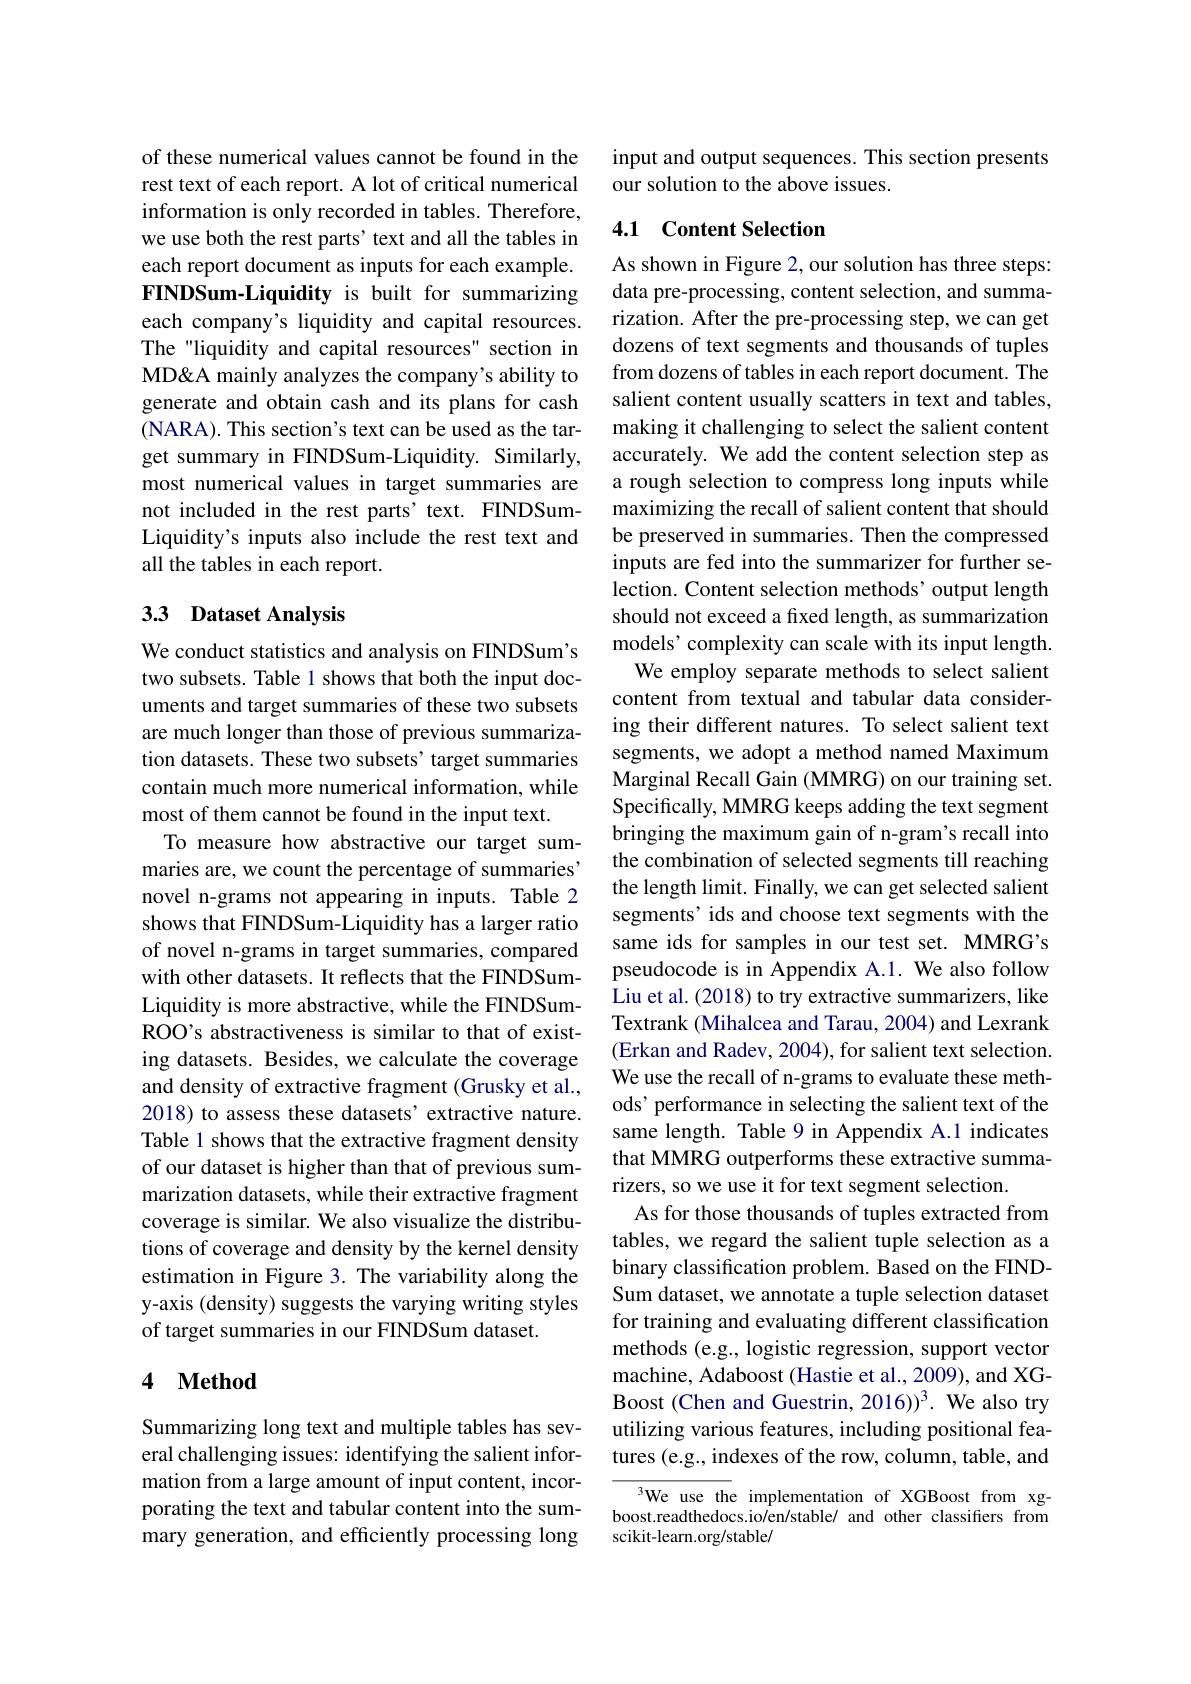
of these numerical values cannot be found in the rest text of each report. A lot of critical numerical information is only recorded in tables. Therefore, we use both the rest parts' text and all the tables in each report document as inputs for each example. FINDSum-Liquidity is built for summarizing each company's liquidity and capital resources. The "liquidity and capital resources" section in MD& A mainly analyzes the company's ability to generate and obtain cash and its plans for cash (NARA). This section's text can be used as the target summary in FINDSum-Liquidity. Similarly, most numerical values in target summaries are not included in the rest parts' text. FINDSumLiquidity's inputs also include the rest text and all the tables in each report.

## 33 Dataset Analysis

We conduct statistics and analysis on FINDSum's two subsets. Table 1 shows that both the input documents and target summaries of these two subsets are much longer than those of previous summarization datasets. These two subsets' target summaries contain much more numerical information, while most of them cannot be found in the input text.
To measure how abstractive our target summaries are, we count the percentage of summaries novel n-grams not appearing in inputs. Table 2 shows that FINDSum-Liquidity has a larger ratio of novel n-grams in target summaries, compared with other datasets. It reflects that the FINDSumLiquidity is more abstractive, while the FINDSumROO's abstractiveness is similar to that of existing datasets. Besides, we calculate the coverage and density of extractive fragment (Grusky et al., 2018) to assess these datasets' extractive nature. Table 1 shows that the extractive fragment density of our dataset is higher than that of previous summarization datasets, while their extractive fragment coverage is similar. We also visualize the distributions of coverage and density by the kernel density estimation in Figure 3. The variability along the y-axis (density) suggests the varying writing styles of target summaries in our FINDSum dataset.

# 4 Method

Summarizing long text and multiple tables has several challenging issues: identifying the salient information from a large amount of input content, incorporating the text and tabular content into the summary generation, and efficiently processing long

input and output sequences. This section presents
our solution to the above issues.

## 4.1 Content Selection

As shown in Figure 2, our solution has three steps: data pre-processing, content selection, and summarization. After the pre-processing step, we can get dozens of text segments and thousands of tuples from dozens of tables in each report document. The salient content usually scatters in text and tables, making it challenging to select the salient content accurately. We add the content selection step as a rough selection to compress long inputs while maximizing the recall of salient content that should be preserved in summaries. Then the compressed inputs are fed into the summarizer for further selection. Content selection methods' output length should not exceed a fixed length, as summarization models’ complexity can scale with its input length.
We employ separate methods to select salient content from textual and tabular data considering their different natures. To select salient text segments, we adopt a method named Maximum Marginal Recall Gain (MMRG) on our training set. Specifically, MMRG keeps adding the text segment bringing the maximum gain of n-gram's recall into the combination of selected segments till reaching the length limit. Finally, we can get selected salient segments’ ids and choose text segments with the same ids for samples in our test set. MMRG's pseudocode is in Appendix A.1. We also follow Liu et al. (2018) to try extractive summarizers, like Textrank (Mihalcea and Tarau, 2004) and Lexrank (Erkan and Radev, 2004), for salient text selection. We use the recall of n-grams to evaluate these methods' performance in selecting the salient text of the same length. Table 9 in Appendix A.1 indicates that MMRG outperforms these extractive summarizers, so we use it for text segment selection.
As for those thousands of tuples extracted from tables, we regard the salient tuple selection as a binary classification problem. Based on the FINDSum dataset, we annotate a tuple selection dataset for training and evaluating different classification methods (e.g., logistic regression, support vector machine, Adaboost (Hastie et al., 2009), and XGBoost (Chen and Guestrin, 2016))3. We also try utilizing various features, including positional features (e.g., indexes of the row, column, table, and
$^{3}$We use the implementation of XGBoost from xg-

boost.readthedocs.io/en/stable/ and other classiffers from
scikit-learn.org/stable/